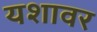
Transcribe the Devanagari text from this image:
यशावर